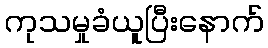
ကုသမှုခံယူပြီးနောက်